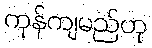
ကုန်ကျမည်ဟု